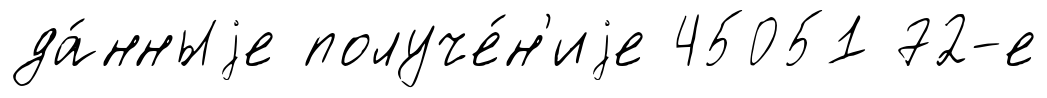
да́нныjе получе́н'иjе 45051 72-е